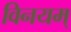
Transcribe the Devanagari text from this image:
विनयम्